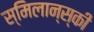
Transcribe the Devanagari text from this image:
स्मिलान्स्की